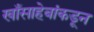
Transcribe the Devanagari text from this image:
खाँसाहेबांकडून